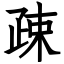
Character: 疎